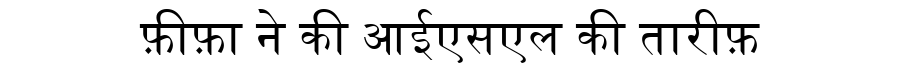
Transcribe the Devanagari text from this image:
फ़ीफ़ा ने की आईएसएल की तारीफ़